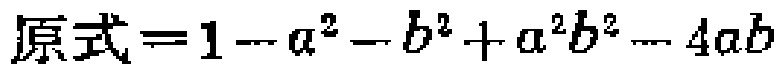
\(原式=1 - a^{2} - b^{2} + a^{2}b^{2} - 4ab\)